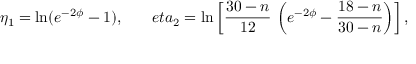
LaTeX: \eta _ { 1 } = \ln ( e ^ { - 2 \phi } - 1 ) , \ \ \ \ \ \, e t a _ { 2 } = \ln \left[ \frac { 3 0 - n } { 1 2 } \, \left( e ^ { - 2 \phi } - \frac { 1 8 - n } { 3 0 - n } \right) \right] ,